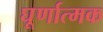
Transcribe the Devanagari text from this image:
घूर्णात्मक